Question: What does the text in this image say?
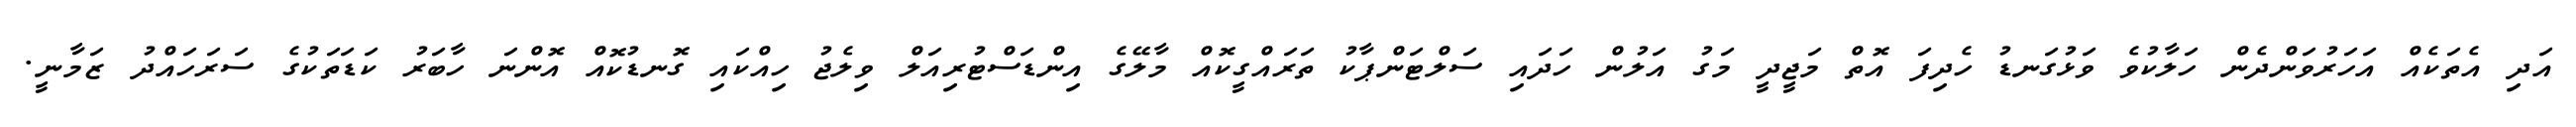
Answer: އަދި އެތަކެއް އަހަރުވަންދެން ހަލާކުވެ ވަޅުގަނޑު ހެދިފަ އޮތް މަޖީދީ މަގު އަލުން ހަދައި ސަލްޓަންޕާކު ތަރައްގީކޮއް މާލޭގެ އިންޑަސްޓުރިއަލް ވިލެޖު ހިއްކައި ގޮނޑުކޮއް އޮންނަ ހާބަރު ކަޑަތަކުގެ ސަރަހައްދު ޒަމާނީ.